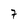
Character: 7